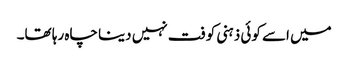
میں اسے کوئی ذہنی کوفت نہیں دینا چاہ رہا تھا۔